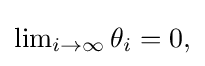
{\textstyle \lim _{i\to \infty }\theta _{i}=0,}